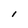
Character: l